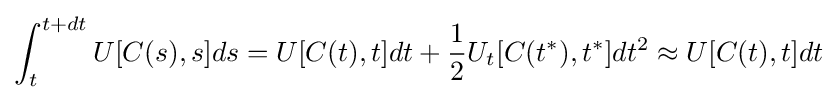
\int _{t}^{t+dt}U[C(s),s]ds=U[C(t),t]dt+{\frac {1}{2}}U_{t}[C(t^{*}),t^{*}]dt^{2}\approx U[C(t),t]dt